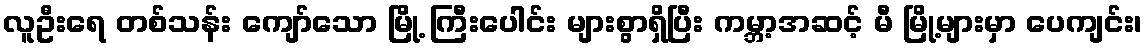
လူဦးရေ တစ်သန်း ကျော်သော မြို့ ကြီးပေါင်း များစွာရှိပြီး ကမ္ဘာ့အဆင့် မီ မြို့များမှာ ပေကျင်း၊